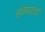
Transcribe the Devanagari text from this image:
संकणकाशी